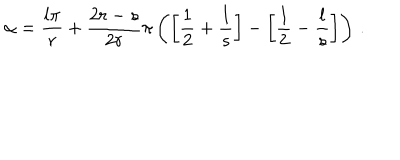
\alpha = \frac { l \pi } { r } + \frac { 2 r - s } { 2 r } \pi \left( \left[ \frac { 1 } { 2 } + \frac { l } { s } \right] - \left[ \frac { 1 } { 2 } - \frac { l } { s } \right] \right) \, .